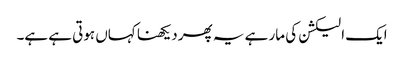
ایک الیکشن کی مار ہے یہ پھر دیکھنا کہاں ہوتی ہے ہے۔